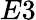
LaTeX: E3